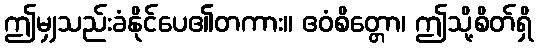
ဤမျှသည်းခံနိုင်ပေ၏တကား။ ဧဝံစိတ္တော၊ ဤသို့စိတ်ရှိ